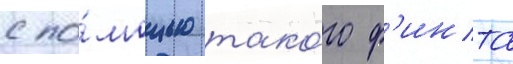
с по́мощью тако́го ф'инта